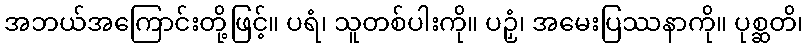
အဘယ်အကြောင်းတို့ဖြင့်။ ပရံ၊ သူတစ်ပါးကို။ ပဉှံ၊ အမေးပြဿနာကို။ ပုစ္ဆတိ၊